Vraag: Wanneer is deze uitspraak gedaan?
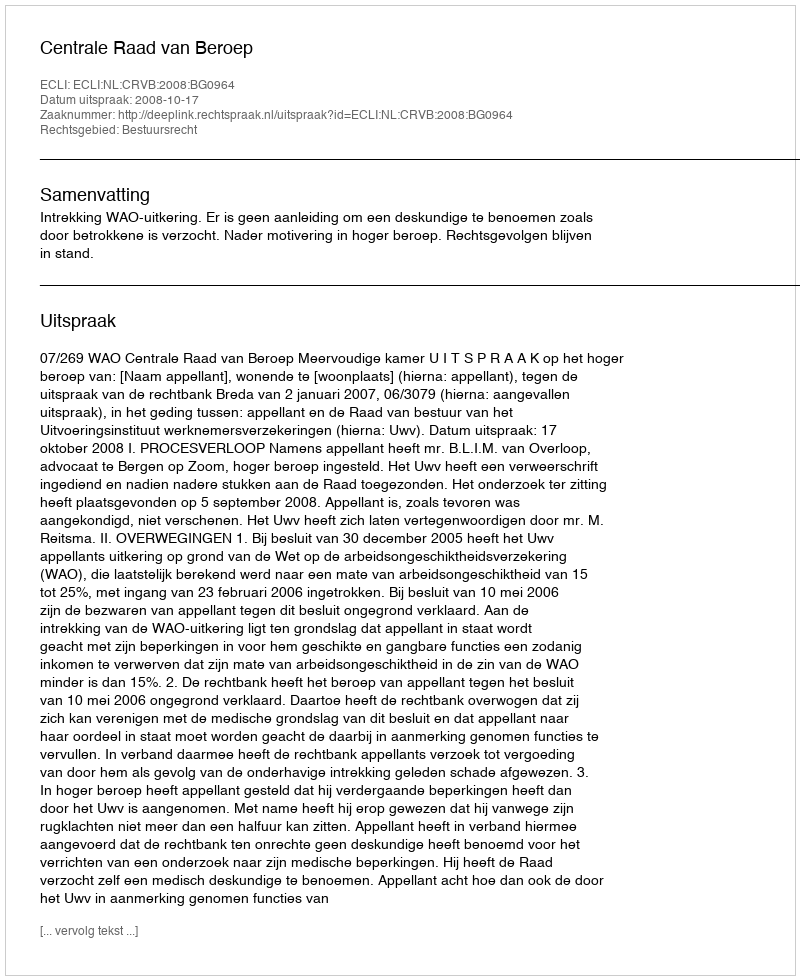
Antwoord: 2008-10-17